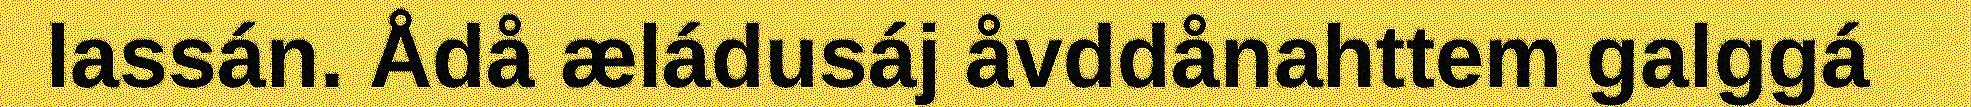
lassán. Ådå æládusáj åvddånahttem galggá